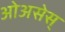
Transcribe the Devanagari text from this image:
ओअसेस्